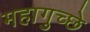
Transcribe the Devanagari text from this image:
महागुच्छे